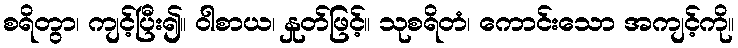
စရိတွာ၊ ကျင့်ပြီး၍။ ဝါစာယ၊ နှုတ်ဖြင့်။ သုစရိတံ၊ ကောင်းသော အကျင့်ကို။